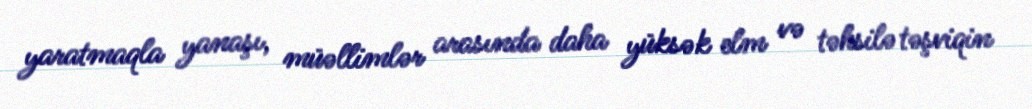
yaratmaqla yanaşı, müəllimlər arasında daha yüksək elm və təhsilə təşviqin